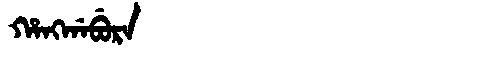
Manchu: ᡥᠠᠩᡤᠠᠪᡠᡵᠠ
Romanization: HANGGABURA